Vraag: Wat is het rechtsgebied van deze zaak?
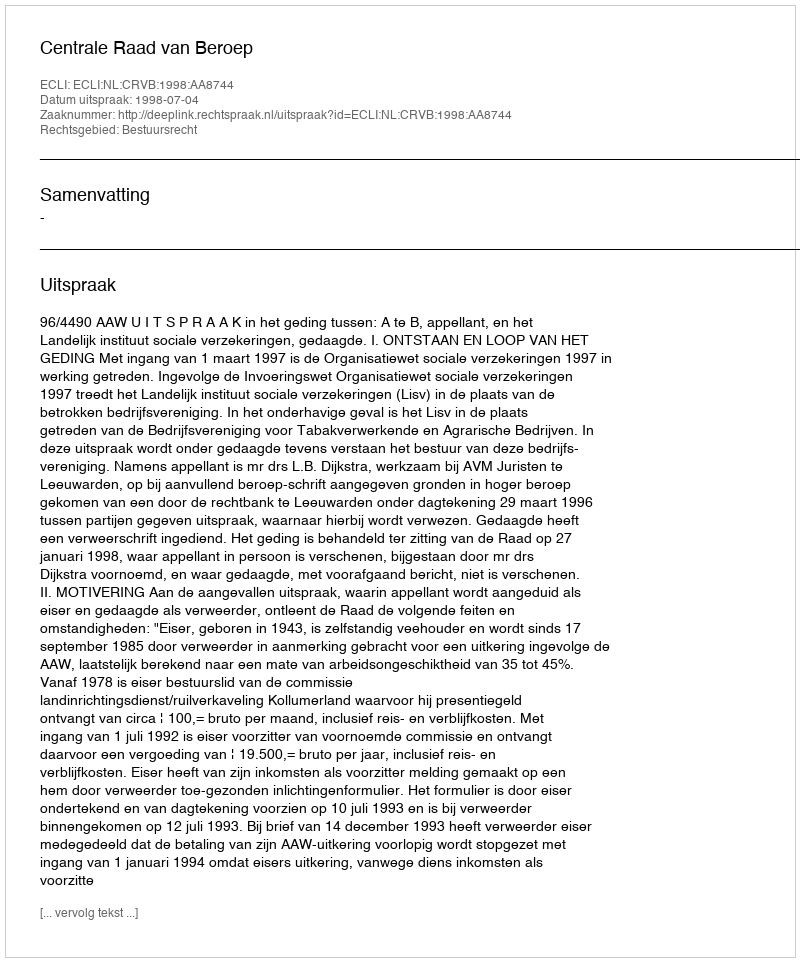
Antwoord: Bestuursrecht